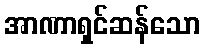
အာဏာရှင်ဆန်သော